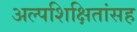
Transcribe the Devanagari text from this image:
अल्पशिक्षितांसह